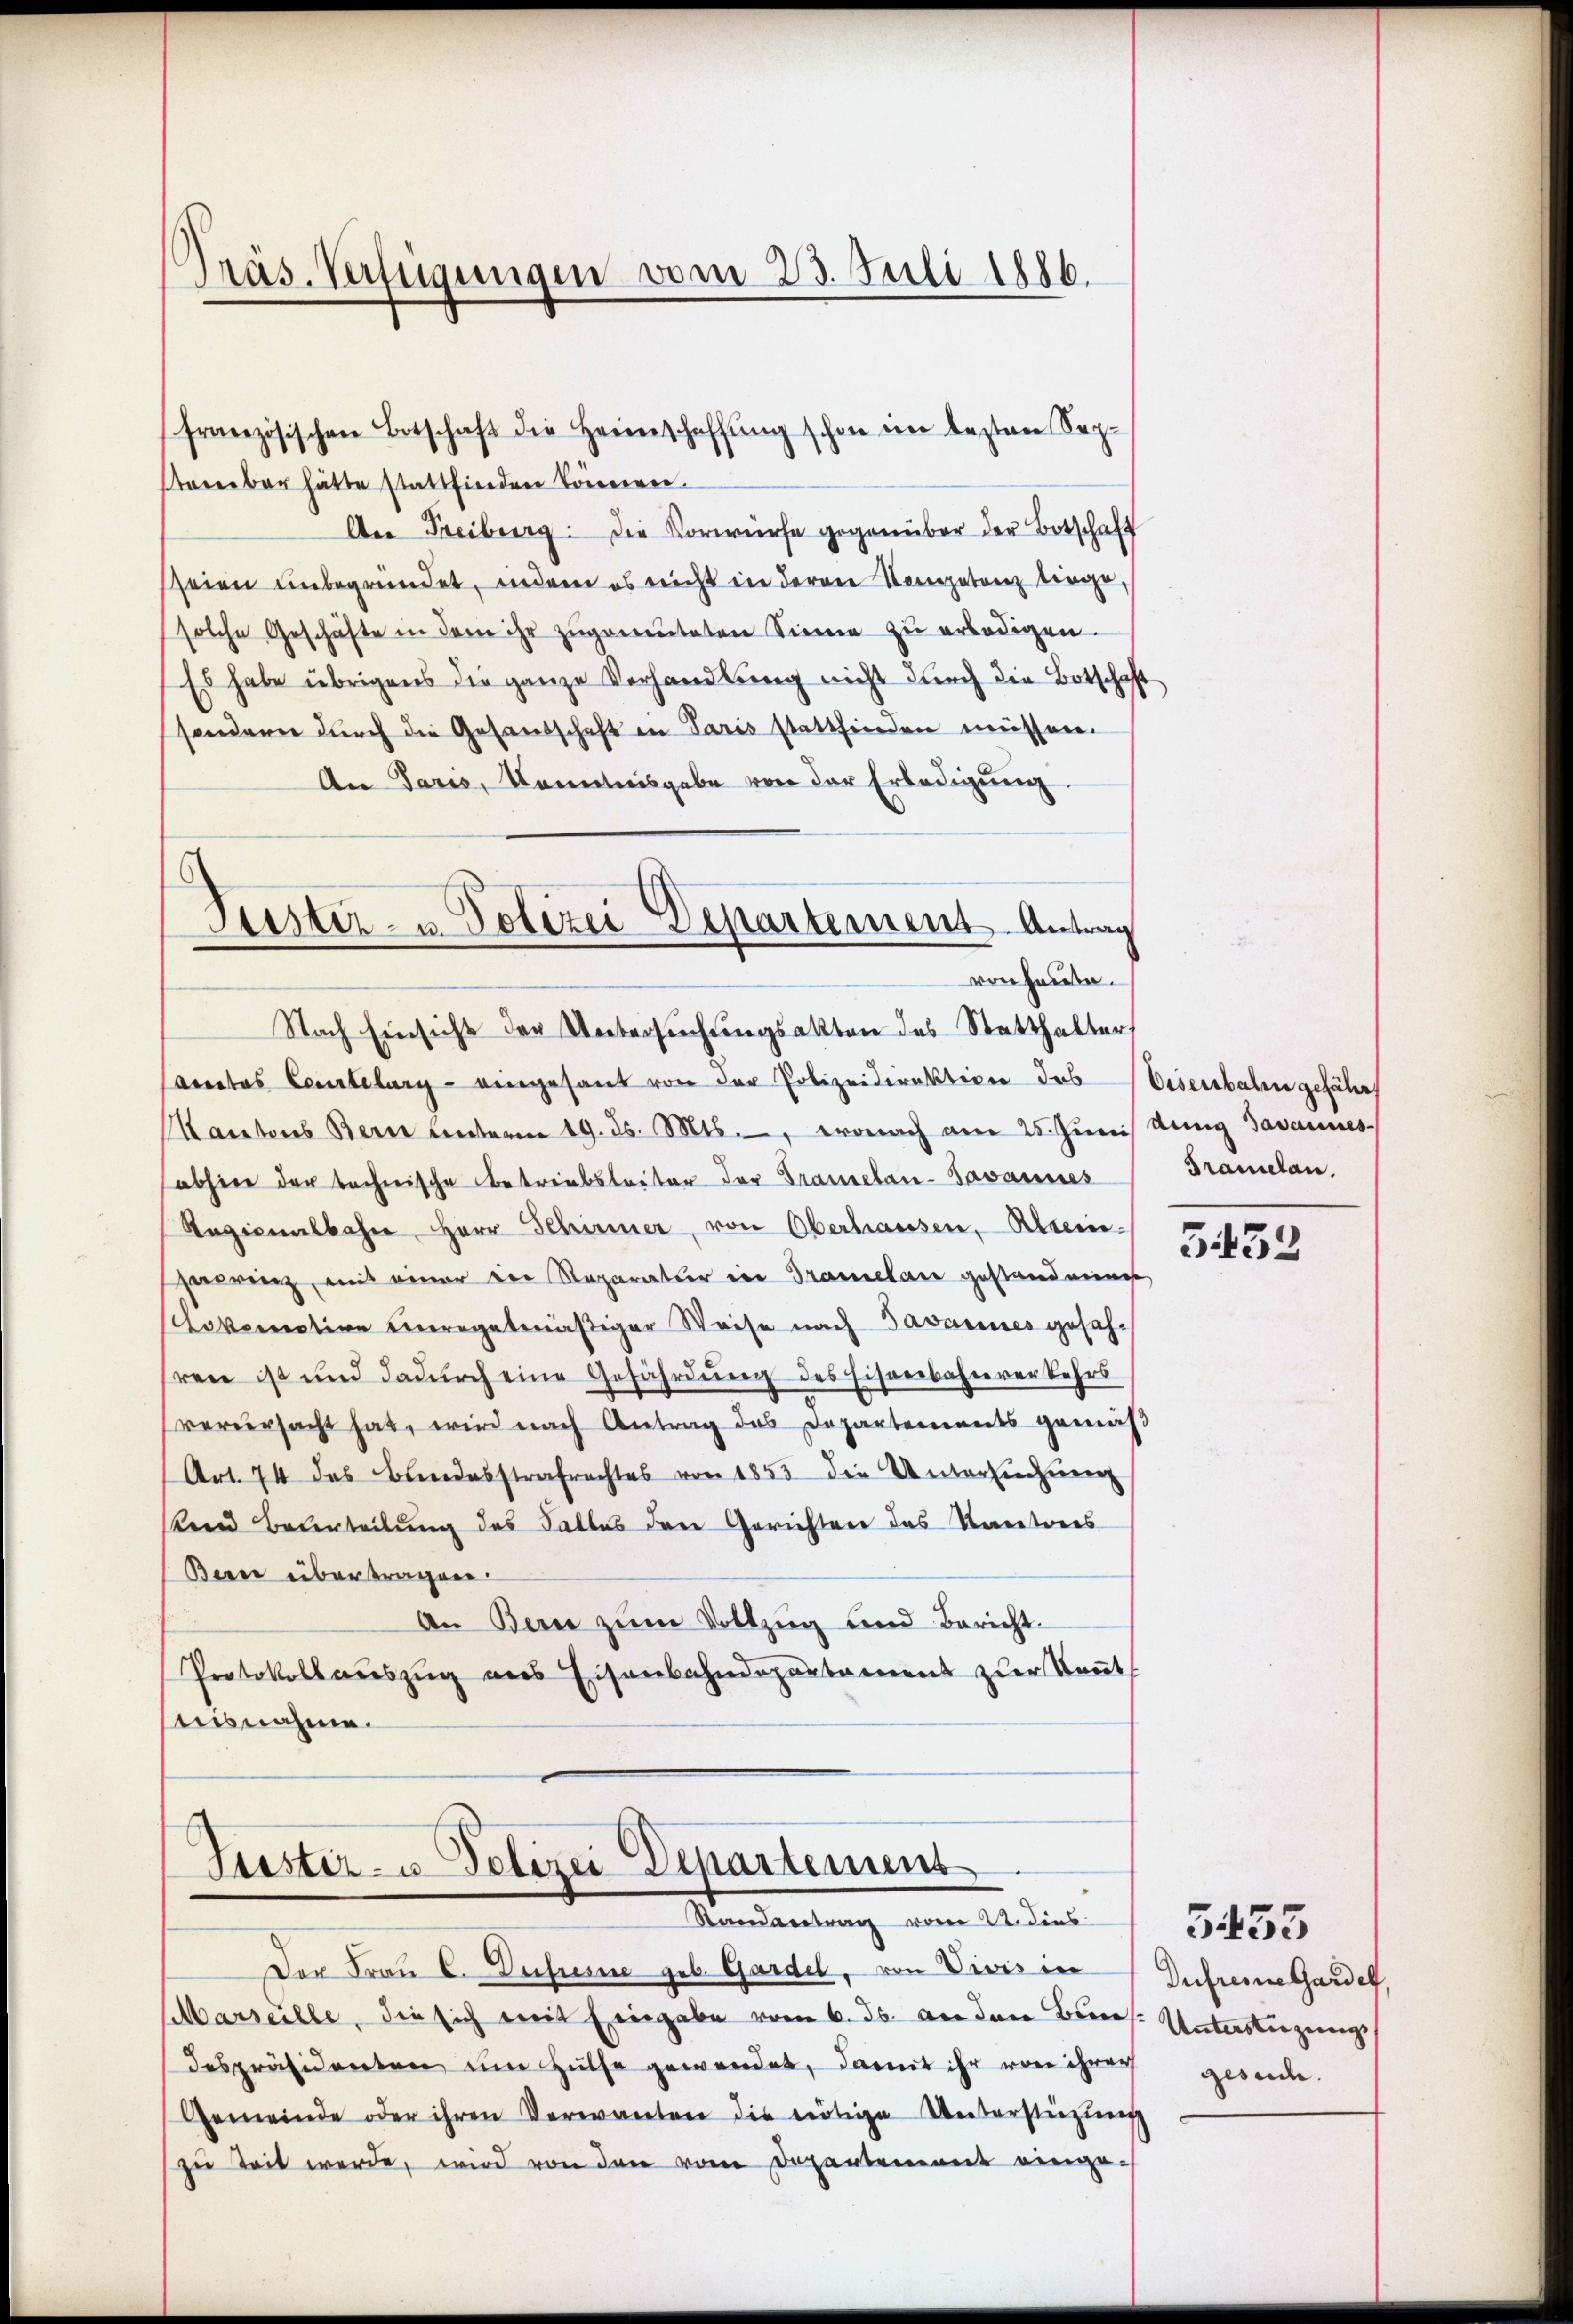
Präs. Verfügungen vom 23. Juli 1886.

französischen Betschaft die Heimschaffŭng schon im lezten Septarerbar hätte stattfinden Tonnern.
An Freiburg. Die Vorwürfe gegenüber der Botschaft
seien unbegründet, indem es nicht in deren Kompetenz liege,
solche Geschäfte in dem ihr zŭgemŭteten Sinne zŭ erledigen.
Es habe übrigens die ganze Verhandlung nicht durch die Botschaft
sondern durch die Gesandschaft in Paris stattfinden müssen.
An Paris, Kenntnisgabe von der Erledigŭng.
Cacetos Courtelung - eingesant von der Polizeidirektion des
Mantens Bern unterm 19. ds. Mts., wonach am 25. Junis ding Javannes
abhier der technische Betreibsleiter der Gramelan-Javannes
Ragionalbahn Herr Schirmer, von Oberhausen, Klein-
haerenz, mit einer in Reparatur in Tramelan gestand eines
Lokomotion einregelmäßiger Weise nach Javannes gefahren ist und dadŭrch eine Gefährdŭng des Eisenbahnverkehrs
verursacht hat, wird nach Antrag das Departements gemäβ
Art. 74 des Bundesstrafrechtes von 1853 die Unterlichung
kend Beurteilung des Falles den Gerichten des Kantones
Berne übertragen.
An Bern zŭm Vollzug und Bericht.
Protokoll aŭszŭg ans Eisenbahndepartament zur Keṅt
ausnahme.

Puster- u. Polizei Departement Antrag
von heute.
Nach Einsicht der Untersŭchŭngsakten des Statthalter

Justiz- u. Polizei Departement
Standertrag vom 22. dies

Der Frau C. Dureme geb. Gardel, von Vivis in
Marseille, die sich mit Eingabe vom 6. ds. an den Beant- Unterstiegung
despräsidenten um Hülfe gewendet, damit ihr von ihrer gesuche.
Gemeinde oder ihren Verwanten die nötige Unterstüzung
zu Zeit werde, wird von den vom Departement einge¬

Eisenbahn gefähr
Bramelan
3432

Dufreie Gardel,

s

5453